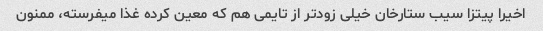
اخیرا پیتزا سیب ستارخان خیلی زودتر از تایمی هم که معین کرده غذا میفرسته، ممنون